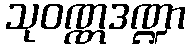
သုဝဏ္ဏဒဏ္ဍာ